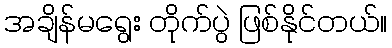
အချိန်မရွေး တိုက်ပွဲ ဖြစ်နိုင်တယ်။